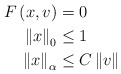
\begin{align*}F\left( x,v\right) & =0\\\left\Vert x\right\Vert _{0} & \leq1\\\left\Vert x\right\Vert _{\alpha} & \leq C\left\Vert v\right\Vert\end{align*}